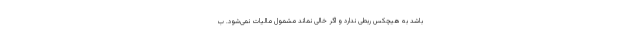
باشد به هیچکس ربطی ندارد و اگر خالی نماند مشمول مالیات نمی‌شود. ب